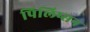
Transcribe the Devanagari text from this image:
पिलिप्सन